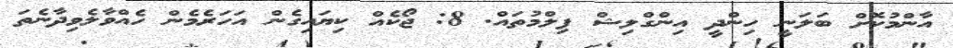
އާންމުކޮށް ބަލަނީ ހިންދީ އިންގްލިޝް ފިލްމުތައް. 8: ޖޯކެއް ކިޔައިގެން އަހަރެމެން ހެއްވާލެވިދާނެތަ